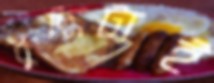
বুদ্ধিটাই